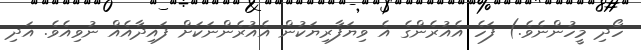
ހޯދި މީހުންނެވެ.) ފަހެ އެއުރެންގެ އެ ވިޔަފާރިޔަކުން އެއުރެންނަކަށް ފައިދާއެއް ނުވިއެވެ. އަދި